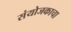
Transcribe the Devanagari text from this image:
संयोजकाचा